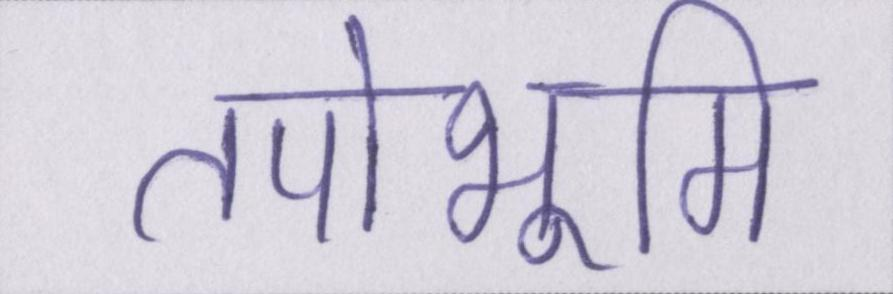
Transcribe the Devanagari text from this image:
तपोभूमि